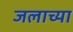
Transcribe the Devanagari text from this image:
जलाच्या